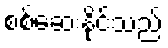
စစ်ဆေးနိုင်သည်